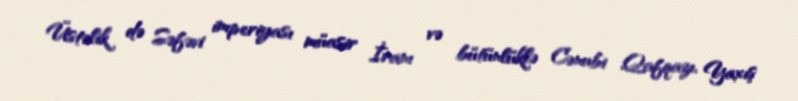
Üstəlik də Səfəvi imperiyası müasir İranı və bütünlüklə Cənubi Qafqazı, Yaxış